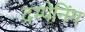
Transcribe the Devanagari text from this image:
दम्पेनिंग